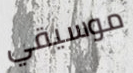
موسيقي